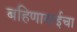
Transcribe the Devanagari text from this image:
बहिणाबाईचा